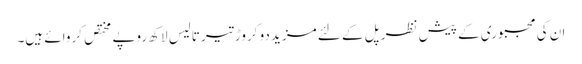
ان کی مجبوری کے پیش نظر پل کے لئے مزید دو کروڑ تیر تالیس لاکھ روپے مختص کروائے ہیں۔